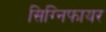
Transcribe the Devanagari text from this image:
सिग्निफायर